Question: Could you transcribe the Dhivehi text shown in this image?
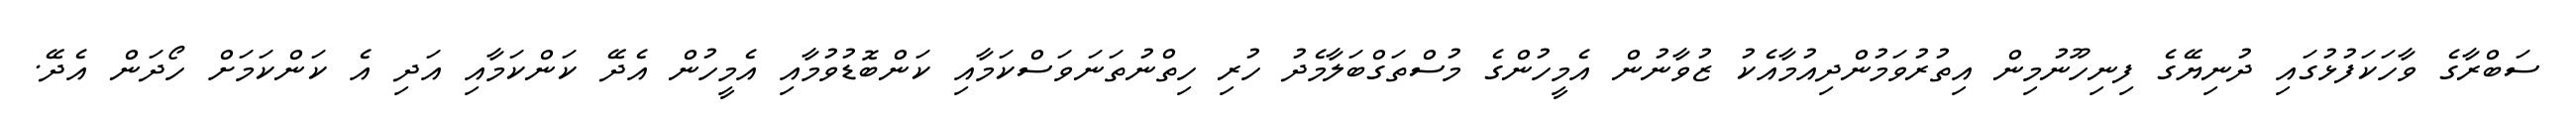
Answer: ސަބްރާގެ ވާހަކަފުޅުގައި ދުނިޔޭގެ ފިނިހޫނުމިން އިތުރުވަމުންދިއުމާއެކު ޒުވާނުން އެމީހުންގެ މުސްތަގްބަލާމެދު ހުރި ހިތްނުތަނަވަސްކަމާއި ކަންބޮޑުވުމާއި އެމީހުން އެދޭ ކަންކަމާއި އަދި އެ ކަންކަމަށް ހޯދަން އެދޭ.